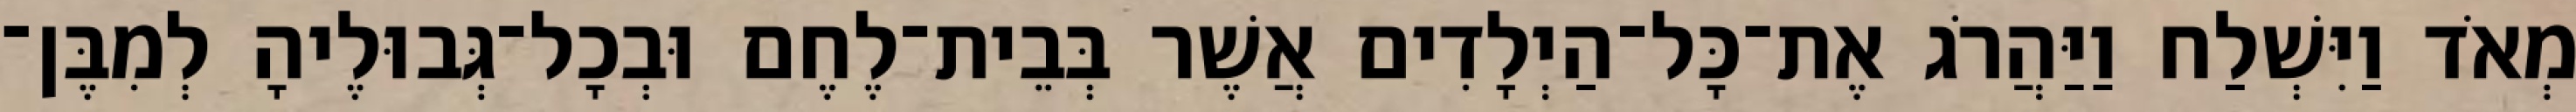
מְאֹד וַיִּשְׁלַח וַיַּהֲרֹג אֶת־כָּל־הַיְלָדִים אֲשֶׁר בְּבֵית־לֶחֶם וּבְכָל־גְּבוּלֶיהָ לְמִבֶּן־